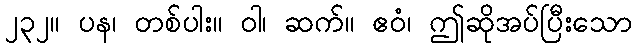
၂၃၂။ ပန၊ တစ်ပါး။ ဝါ၊ ဆက်။ ဧဝံ၊ ဤဆိုအပ်ပြီးသော